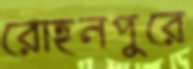
রোহনপুরে